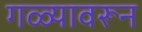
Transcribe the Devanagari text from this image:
गळ्यावरून